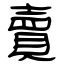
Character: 賣